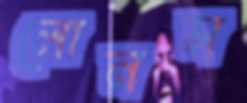
লোনস